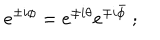
LaTeX: e ^ { \pm i \phi } = e ^ { \pm i \theta } e ^ { \mp i \bar { \phi } } ~ ;